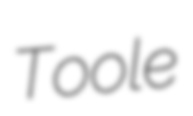
Toole